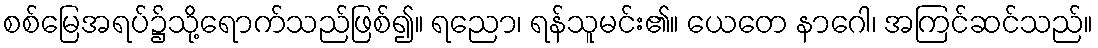
စစ်မြေအရပ်၌သို့ရောက်သည်ဖြစ်၍။ ရညော၊ ရန်သူမင်း၏။ ယေတေ နာဂေါ၊ အကြင်ဆင်သည်။